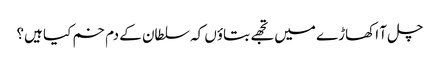
چل آ اکھاڑے میں تجھے بتاؤں کہ سلطان کے دم خم کیا ہیں؟